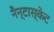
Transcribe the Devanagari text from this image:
नैन्टास्केट